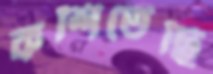
কশিতেছি